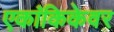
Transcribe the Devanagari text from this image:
एकांकिकेवर